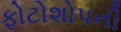
ફોટોશોપની